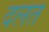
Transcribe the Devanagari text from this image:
दलत